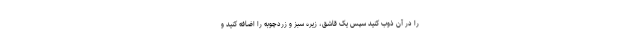
را در آن ذوب کنید سپس یک قاشق، زیره سبز و زردچوبه را اضافه کنید و